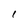
Character: I